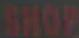
SHOP